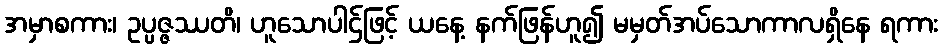
အမှာစကား၊ ဥပ္ပဇ္ဇဿတိ၊ ဟူသောပါဌ်ဖြင့် ယနေ့ နက်ဖြန်ဟူ၍ မမှတ်အပ်သောကာလရှိနေ ရကား